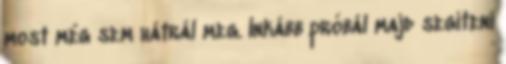
most még sem hátrál meg. Inkább próbál majd segíteni